Annual administration report of the Civil Veterinary Department of India - 1894-1895
Year: 1894
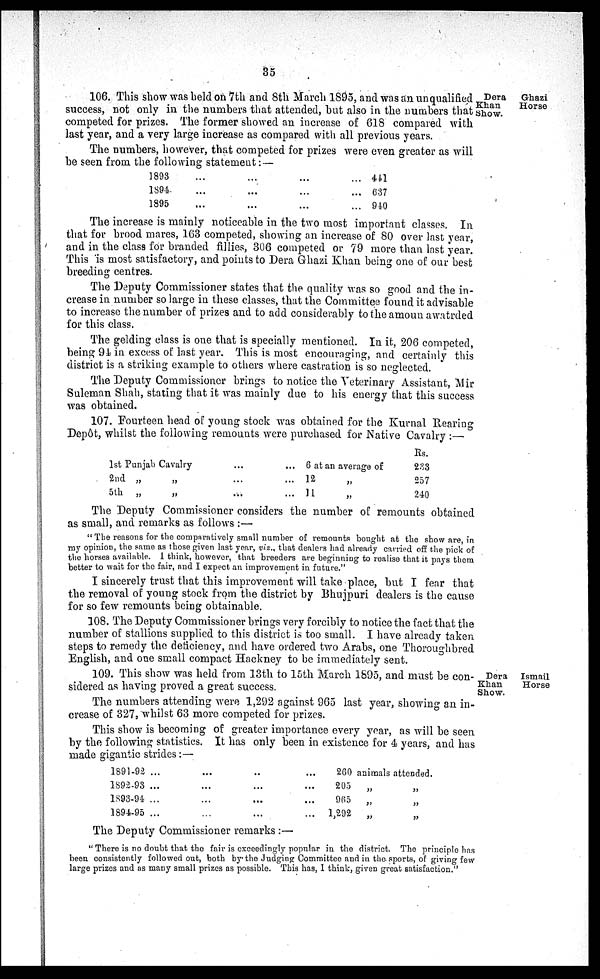
35
Dera
Ghazi
Khan
Horse
Show.
106. This show was held on 7th and 8th March 1895, and was an unqualified.
success, not only in the numbers that attended, but also in the numbers that
competed for prizes. The former showed an increase of 618 compared with
last year, and a very large increase as compared with all previous years.
The numbers, however, that competed for prizes were even greater as will
be seen from the following statement: —
1893
...
...
... ...
1894
...
...
...
...
1895
...
...
...
...
411
637
940
The increase is mainly noticeable in the two most important classes. In
that for brood mares, 163 competed, showing an increase of 80 over last year,
and in the class for branded fillies, 306 competed or 79 more than last year.
This is most satisfactory, and points to Dera Ghazi Khan being one of our best
breeding centres.
The Deputy Commissioner states that the quality was so good and the in-
crease in number so large in these classes, that the Committee found it advisable
to increase the number of prizes and to add considerably to the amoun awatrded
for this class.
The gelding class is one that is specially mentioned. In it, 206 competed,
being 94 in excess of last year. This is most encouraging, and certainly this
district is a striking example to others where castration is so neglected.
The Deputy Commissioner brings to notice the Veterinary Assistant, Mir
Suleman Shah, stating that it was mainly due to his energy that this success
was obtained.
107. Fourteen head of young stock was obtained for the Kurnal Rearing
Depôt, whilst the following remounts were purchased for Native Cavalry :—
1st Punjab Cavalry
...
...
2nd „
„
...
...
5th „
„
...
...
6 at an average of
12 „
11 „
Rs.
233
257
240
The Deputy Commissioner considers the number of remounts obtained
as small, and remarks as follows :—
"The reasons for the comparatively small number of remounts bought at the show are, in
my opinion, the same as those given last year, viz., that dealers had already carried off the pick of
the horses available. I think, however, that breeders are beginning to realise that it pays them
better to wait for the fair, and I expect an improvement in future."
I sincerely trust that this improvement will take place, but I fear that
the removal of young stock from the district by Bhujpuri dealers is the cause
for so few remounts being obtainable.
108. The Deputy Commissioner brings very forcibly to notice the fact that the
number of stallions supplied to this district is too small. I have already taken
steps to remedy the deficiency, and have ordered two Arabs, one Thoroughbred
English, and one small compact Hackney to be immediately sent.
Dera
Ismail
Khan
Horse
Show.
109. This show was held from 13th to 15th March 1895, and must be con-
sidered as having proved a great success.
The numbers attending were 1,292 against 965 last year, showing an in-
crease of 327, whilst 63 more competed for prizes.
This show is becoming of greater importance every year, as will be seen
by the following statistics. It has only been in existence for 4 years, and has
made gigantic strides :—
1891-92 ...
...
..
...
1S92-93 ...
...
...
...
1893-94
...
...
...
...
1894-95 ...
...
... ...
260
205
965
1,292
animals attended.
„ „
„ „
„ „
The Deputy Commissioner remarks :—
" There is no doubt that the fair is exceedingly popular in the district. The principle has
been consistently followed out, both by the Judging Committee and in the sports, of giving few
large prizes and as many small prizes as possible. This has, I think, given great satisfaction."